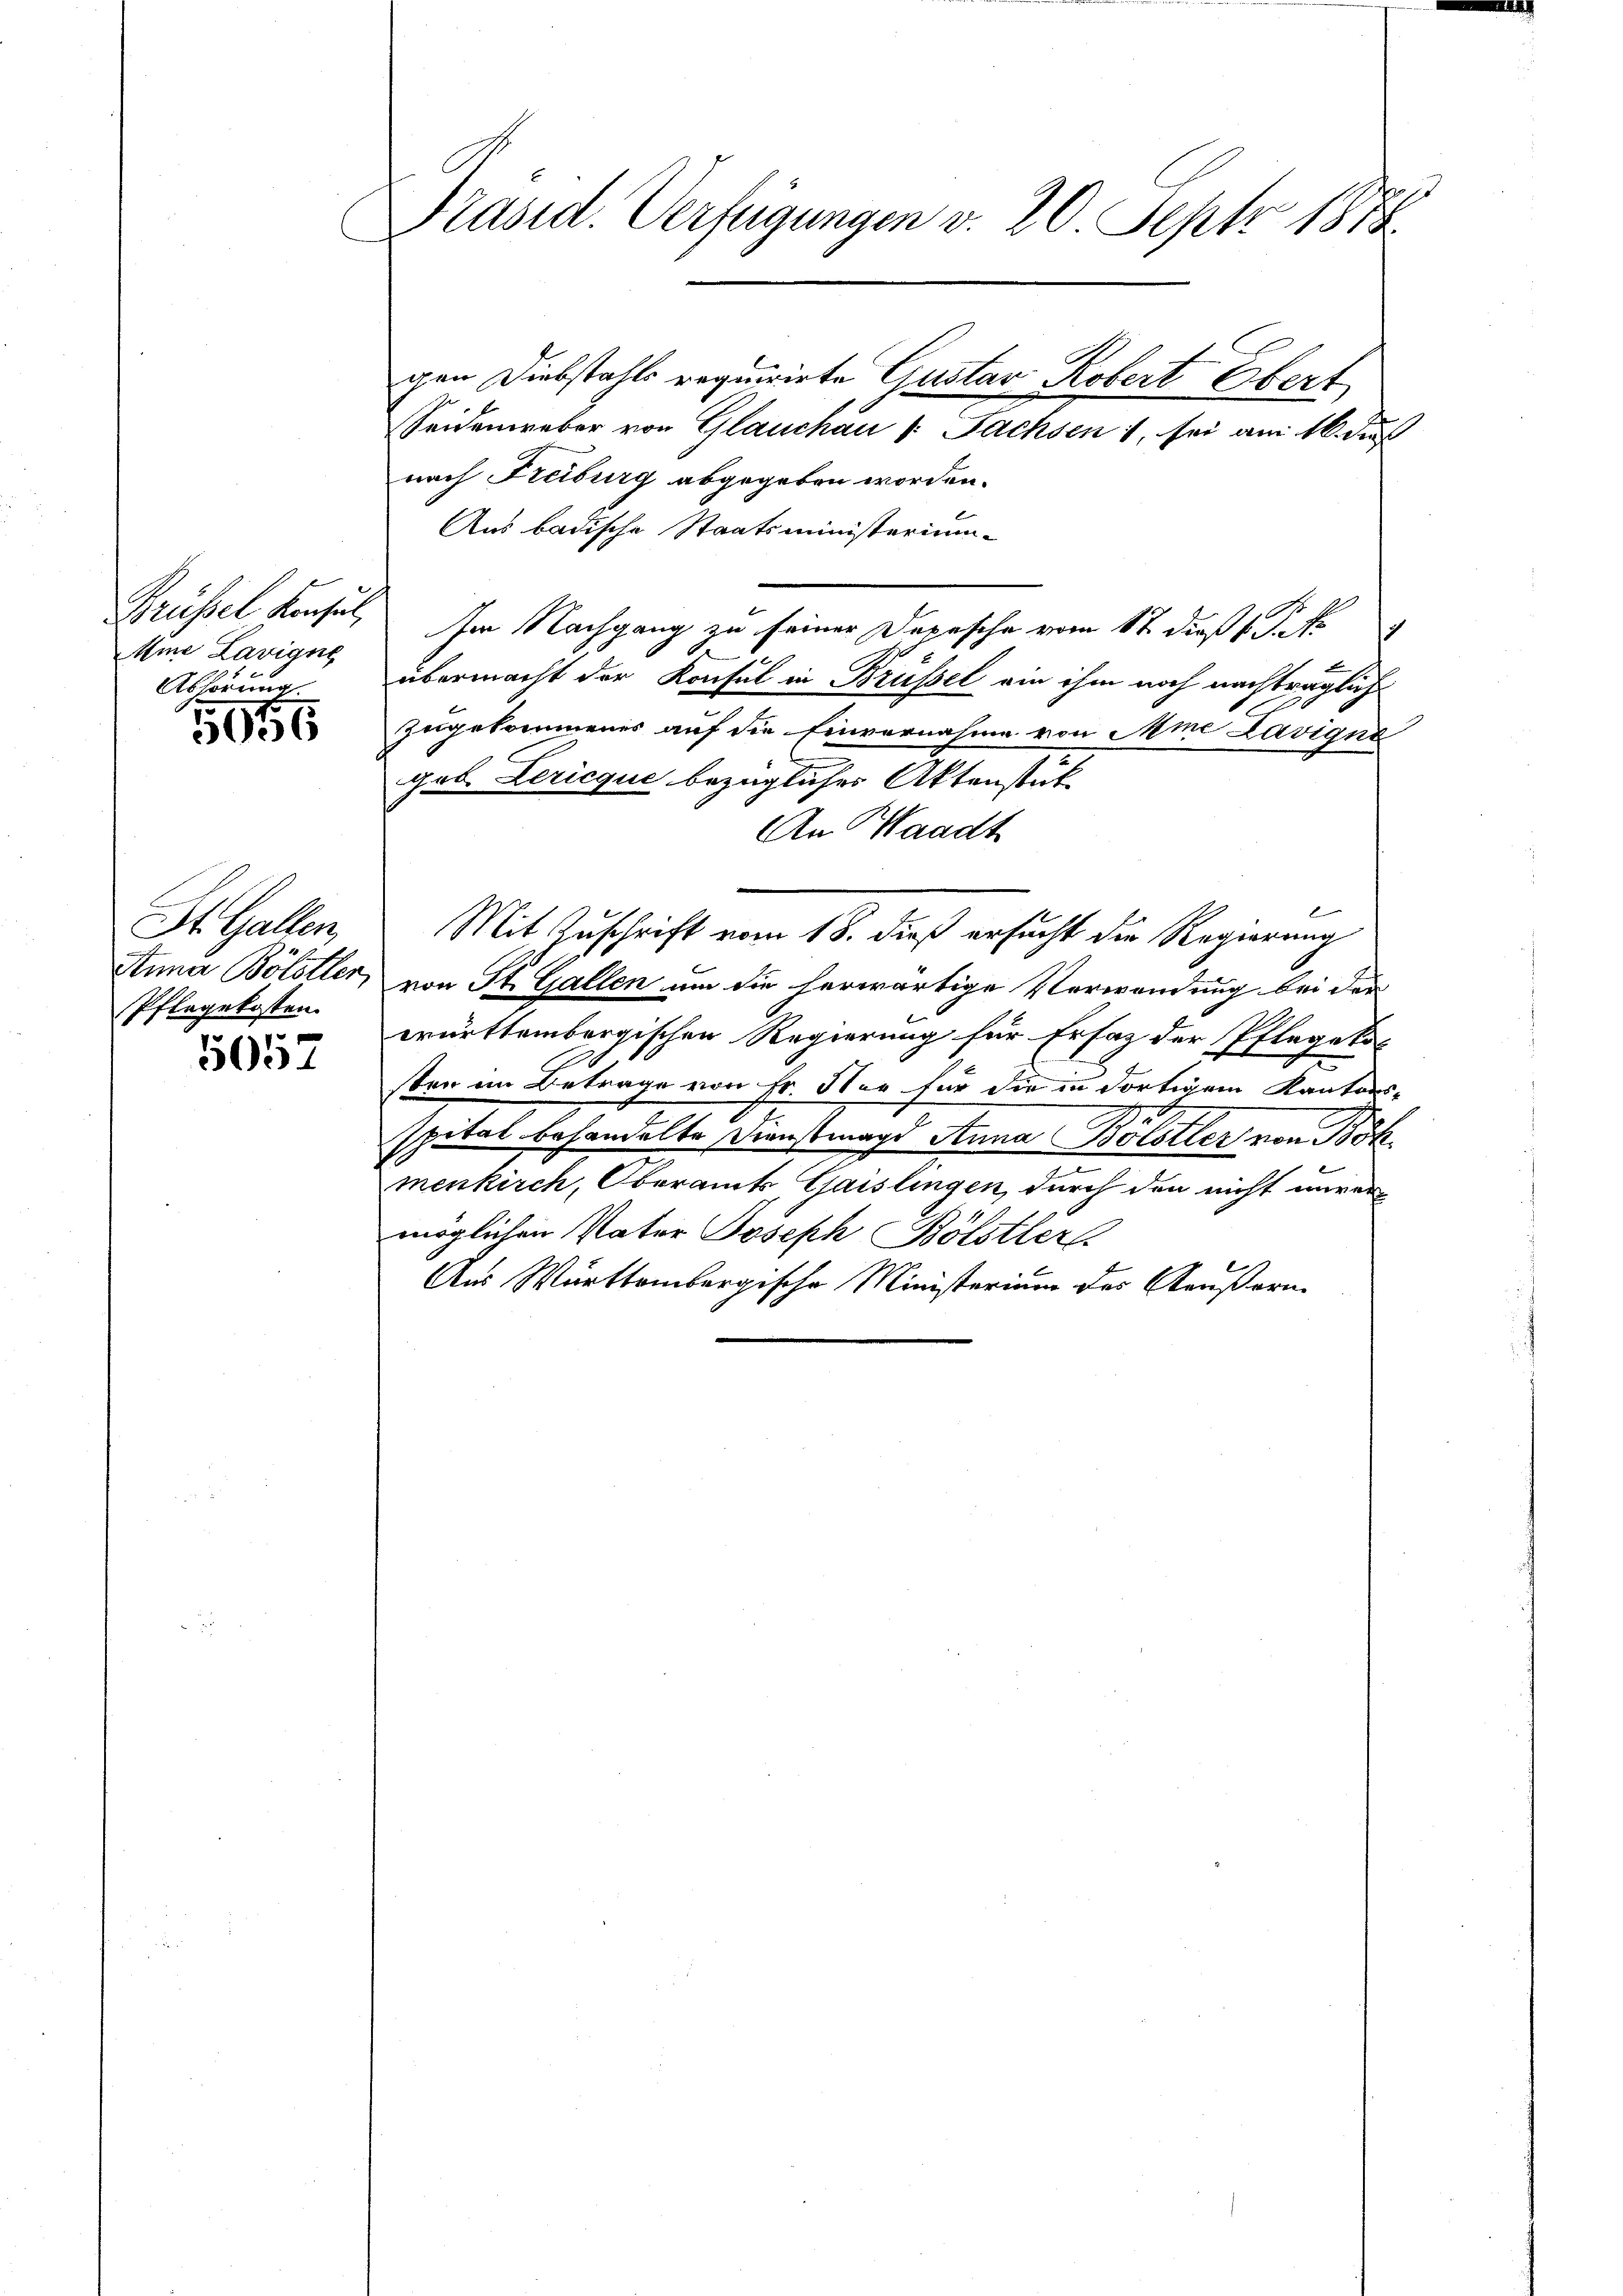
Brüssel konsul,
Aine Lavigne
Abhörung

956

St. Gallen,
Anna Bölstler
Pflegekosten.

5057

Präsid. Verfügungen v. 20. Sept. 1878

gen Diebstahls requirirte Gustav Kobert Ebert
Seidenweber von Glauchen v. Bachsen 4. sei am 16. der
nach Freiburg abgegeben worden.
Aus badische Staatsministerium
Im Nachgang zu seiner Depesche vom 1t dieß l. J. J.
7
übermacht der Konsul in Brüssel ein ihm noch nachträglich
zugekommenes auf die Einvernahme von Ame Lavigna
geb. Lericque bezüglicher Aktenstük¬
An Waadt
Mit Zuschrift vom 18. dieß ersucht die Regierung
von St. Gallen um die herwärtige Verwendung bei der
württembergischen Regierung für Ersatz der Pflegekos
sten im Betrage von Fr. Nur für die in dortigem Kantons-
spital behandelte Dienstmagd Anna Bölstler von Böhmenkirch, Oberamts Gaislingen, durch den nicht unver
möglichen Vater Joseph Bölstler
Aus Württembergische Ministerium des Aeußern